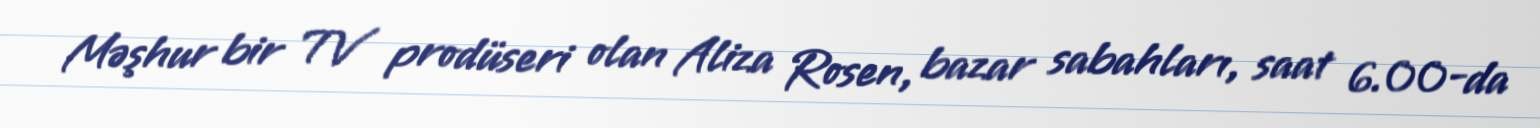
Məşhur bir TV prodüseri olan Aliza Rosen, bazar sabahları, saat 6.00-da